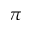
\pi